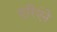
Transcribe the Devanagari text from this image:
एरिएंने